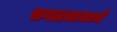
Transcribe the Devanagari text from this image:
सगळ्यामध्ये